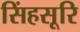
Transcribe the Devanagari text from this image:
सिंहसूरि